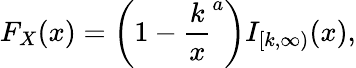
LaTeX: F_{X}(x)=\left(1-{\frac{k}{x}}^{a}\right)I_{[k,\infty)}(x),